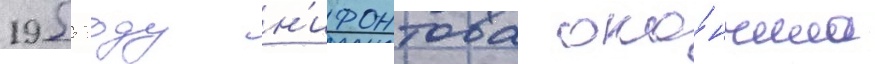
1955 году н'ифонтова око́нчила